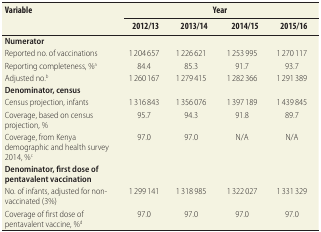
<table><thead><tr><td rowspan="2"><b>Variable</b></td><td colspan="4"><b>Year</b></td></tr><tr><td><b>2012/13</b></td><td><b>2013/14</b></td><td><b>2014/15</b></td><td><b>2015/16</b></td></tr></thead><tbody><tr><td><b>Numerator</b></td><td></td><td></td><td></td><td></td></tr><tr><td>Reported no. of vaccinations</td><td>1 204 657</td><td>1 226 621</td><td>1 253 995</td><td>1 270 117</td></tr><tr><td>Reporting completeness, %<sup>a</sup></td><td>84.4</td><td>85.3</td><td>91.7</td><td>93.7</td></tr><tr><td>Adjusted no.<sup>b</sup></td><td>1 260 167</td><td>1 279 415</td><td>1 282 366</td><td>1 291 389</td></tr><tr><td><b>Denominator, census</b></td><td></td><td></td><td></td><td></td></tr><tr><td>Census projection, infants</td><td>1 316 843</td><td>1 356 076</td><td>1 397 189</td><td>1 439 845</td></tr><tr><td>Coverage, based on census projection, %</td><td>95.7</td><td>94.3</td><td>91.8</td><td>89.7</td></tr><tr><td>Coverage, from Kenya demographic and health survey 2014, %<sup>c</sup></td><td>97.0</td><td>97.0</td><td>N/A</td><td>N/A</td></tr><tr><td><b>Denominator, first dose of pentavalent vaccination</b></td><td></td><td></td><td></td><td></td></tr><tr><td>No. of infants, adjusted for non-vaccinated (3%)</td><td>1 299 141</td><td>1 318 985</td><td>1 322 027</td><td>1 331 329</td></tr><tr><td>Coverage of first dose of pentavalent vaccine, %<sup>d</sup></td><td>97.0</td><td>97.0</td><td>97.0</td><td>97.0</td></tr></tbody></table>